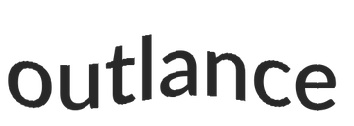
outlance